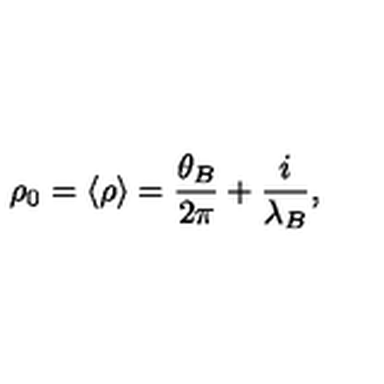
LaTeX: \rho _ { 0 } = \langle \rho \rangle = { \frac { \theta _ { B } } { 2 \pi } } + { \frac { i } { \lambda _ { B } } } ,